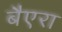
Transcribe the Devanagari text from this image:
बैएरा